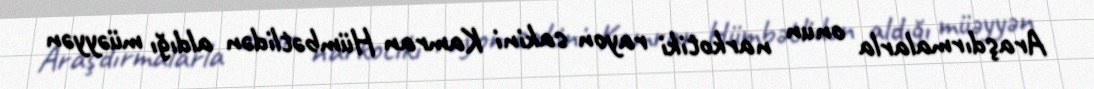
Araşdırmalarla onun narkotiki rayon sakini Kamran Hümbətlidən aldığı müəyyən